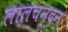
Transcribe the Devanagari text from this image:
लालचन्दन